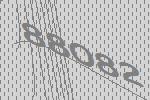
88082